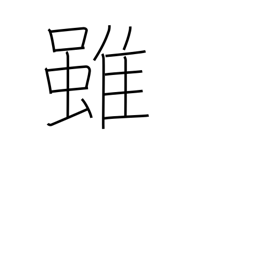
Meaning: although